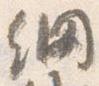
網